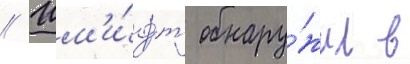
// Шм'и́дт обнару́жил в